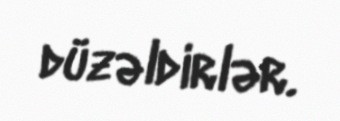
düzəldirlər.